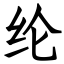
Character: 纶